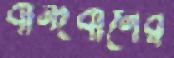
বান্দবানের